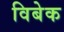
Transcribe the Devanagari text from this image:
विबेक